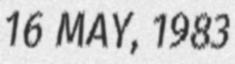
16 MAY, 1983